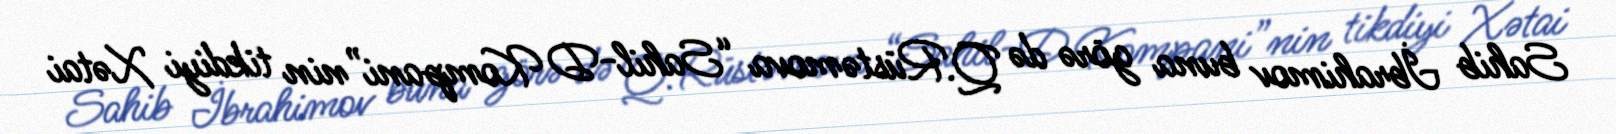
Sahib İbrahimov buna görə də Q.Rüstəmova “Sahil-D Kompani”nin tikdiyi Xətai